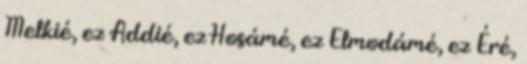
Melkié, ez Addié, ez Hosámé, ez Elmodámé, ez Éré,